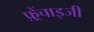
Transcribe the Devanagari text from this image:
फ़्रेंचाइजी